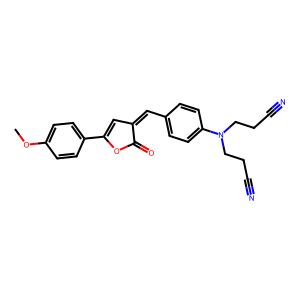
SMILES: COc1ccc(C2=CC(=Cc3ccc(N(CCC#N)CCC#N)cc3)C(=O)O2)cc1
Inhibits HIV replication: No